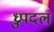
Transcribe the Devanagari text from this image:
ध्रुपदल